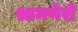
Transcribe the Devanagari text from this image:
श्रामणेरो